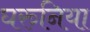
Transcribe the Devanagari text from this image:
घरुनिया